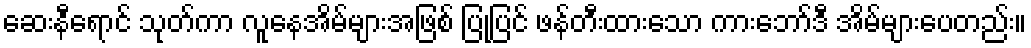
ဆေးနီရောင် သုတ်ကာ လူနေအိမ်များအဖြစ် ပြုပြင် ဖန်တီးထားသော ကားဘော်ဒီ အိမ်များပေတည်း။